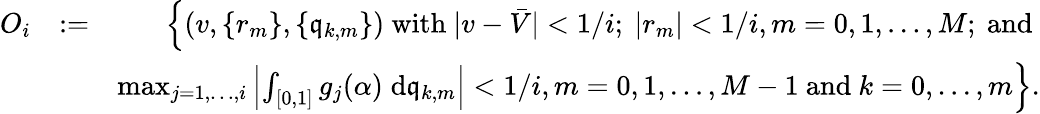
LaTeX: \begin{array}{rlr}{O_{i}}&{:=}&{\Big\{ (v,\{ r_{m}\} ,\{ \mathfrak{q}_{k,m}\} )\mathrm{~with~}|v-\bar{V}|<1/i;\ |r_{m}|<1/i,m=0,1,\ldots,M;\mathrm{~and~}}\\ &{}&{\operatorname*{max}_{j=1,\ldots,i}\left|\int_{[0,1]}g_{j}(\alpha)\; \mathrm{d}\mathfrak{q}_{k,m}\right|<1/i,m=0,1,\ldots,M-1\mathrm{~and~}k=0,\ldots,m\Big\} .}\end{array}